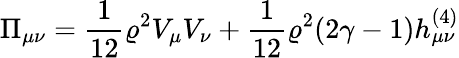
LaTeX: \Pi_{\mu\nu}=\frac{1}{12}\varrho^{2}V_{\mu}V_{\nu}+\frac{1}{12}\varrho^{2}(2\gamma-1)h_{\mu\nu}^{(4)}